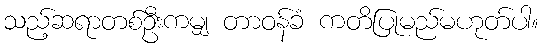
သည့်ဆရာတစ်ဦးကမျှ တာဝန်ခံ ကတိပြုမည်မဟုတ်ပါ။